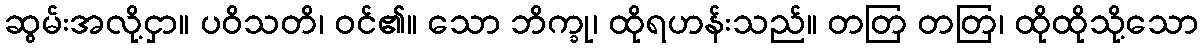
ဆွမ်းအလို့ငှာ။ ပဝိသတိ၊ ဝင်၏။ သော ဘိက္ခု၊ ထိုရဟန်းသည်။ တတြ တတြ၊ ထိုထိုသို့သော